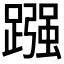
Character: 𮜓